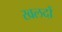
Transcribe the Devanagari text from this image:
खलदों